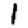
Digit: 1